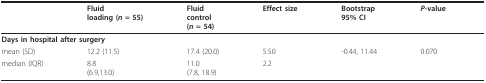
<table><thead><tr><td></td><td><b>Fluidloading (<i>n </i>= 55)</b></td><td><b>Fluidcontrol(<i>n </i>= 54)</b></td><td><b>Effect size</b></td><td><b>Bootstrap95% CI</b></td><td><b><i>P</i>-value</b></td></tr></thead><tbody><tr><td colspan="6"><b>Days in hospital after surgery</b></td></tr><tr><td>mean (SD)</td><td>12.2 (11.5)</td><td>17.4 (20.0)</td><td>5.50</td><td>-0.44, 11.44</td><td>0.070</td></tr><tr><td>median (IQR)</td><td>8.8(6.9,13.0)</td><td>11.0(7.8, 18.9)</td><td>2.2</td><td></td><td></td></tr></tbody></table>